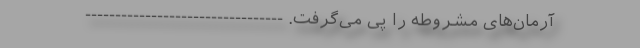
آرمان‌های مشروطه را پی می‌گرفت. ---------------------------------